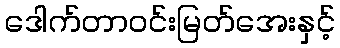
ဒေါက်တာဝင်းမြတ်အေးနှင့်